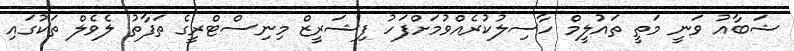
ޝަބާއު ވަނީ މަތީ ތައުލީމް ހާސިލުކުރެއްވުމަށްފަހު ފިޝަރީޒް މިނިސްޓްރީގެ ތަފާތު ލެވެލް ތަކުގައި